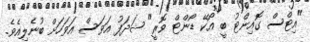
"އިޓްސް ގޮއިންޓު ބީ އޯކޭ ޑޯންޓް ވޮރީ" ޝަދަފު އަވަސް އަވަހަށް ބުނެލިއެވެ.